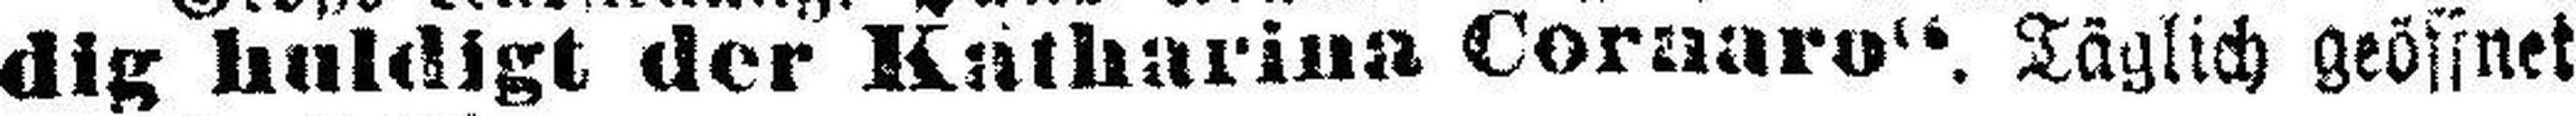
dig huldigt der Katharina Coraaro“. Täglich geöffnet